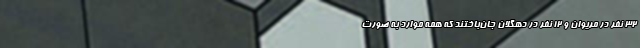
۳۲ نفر در مریوان و ۱۲ نفر در دهگلان جان‌باختند که همه موارد به صورت